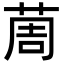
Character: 䓟